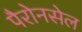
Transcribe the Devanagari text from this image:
पैरोनसेल